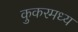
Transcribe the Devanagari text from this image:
कुकरमध्य